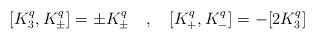
LaTeX: \begin{align*}[K_{3}^{q}, K_{\pm}^{q}] = \pm K_{\pm}^{q} \quad , \quad[K_{+}^{q}, K_{-}^{q}] = - [2 K_{3}^{q}]\end{align*}